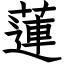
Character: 蓮